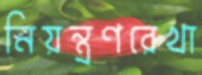
নিয়ন্ত্রণরেখা